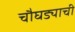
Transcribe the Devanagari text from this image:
चौघड्याची